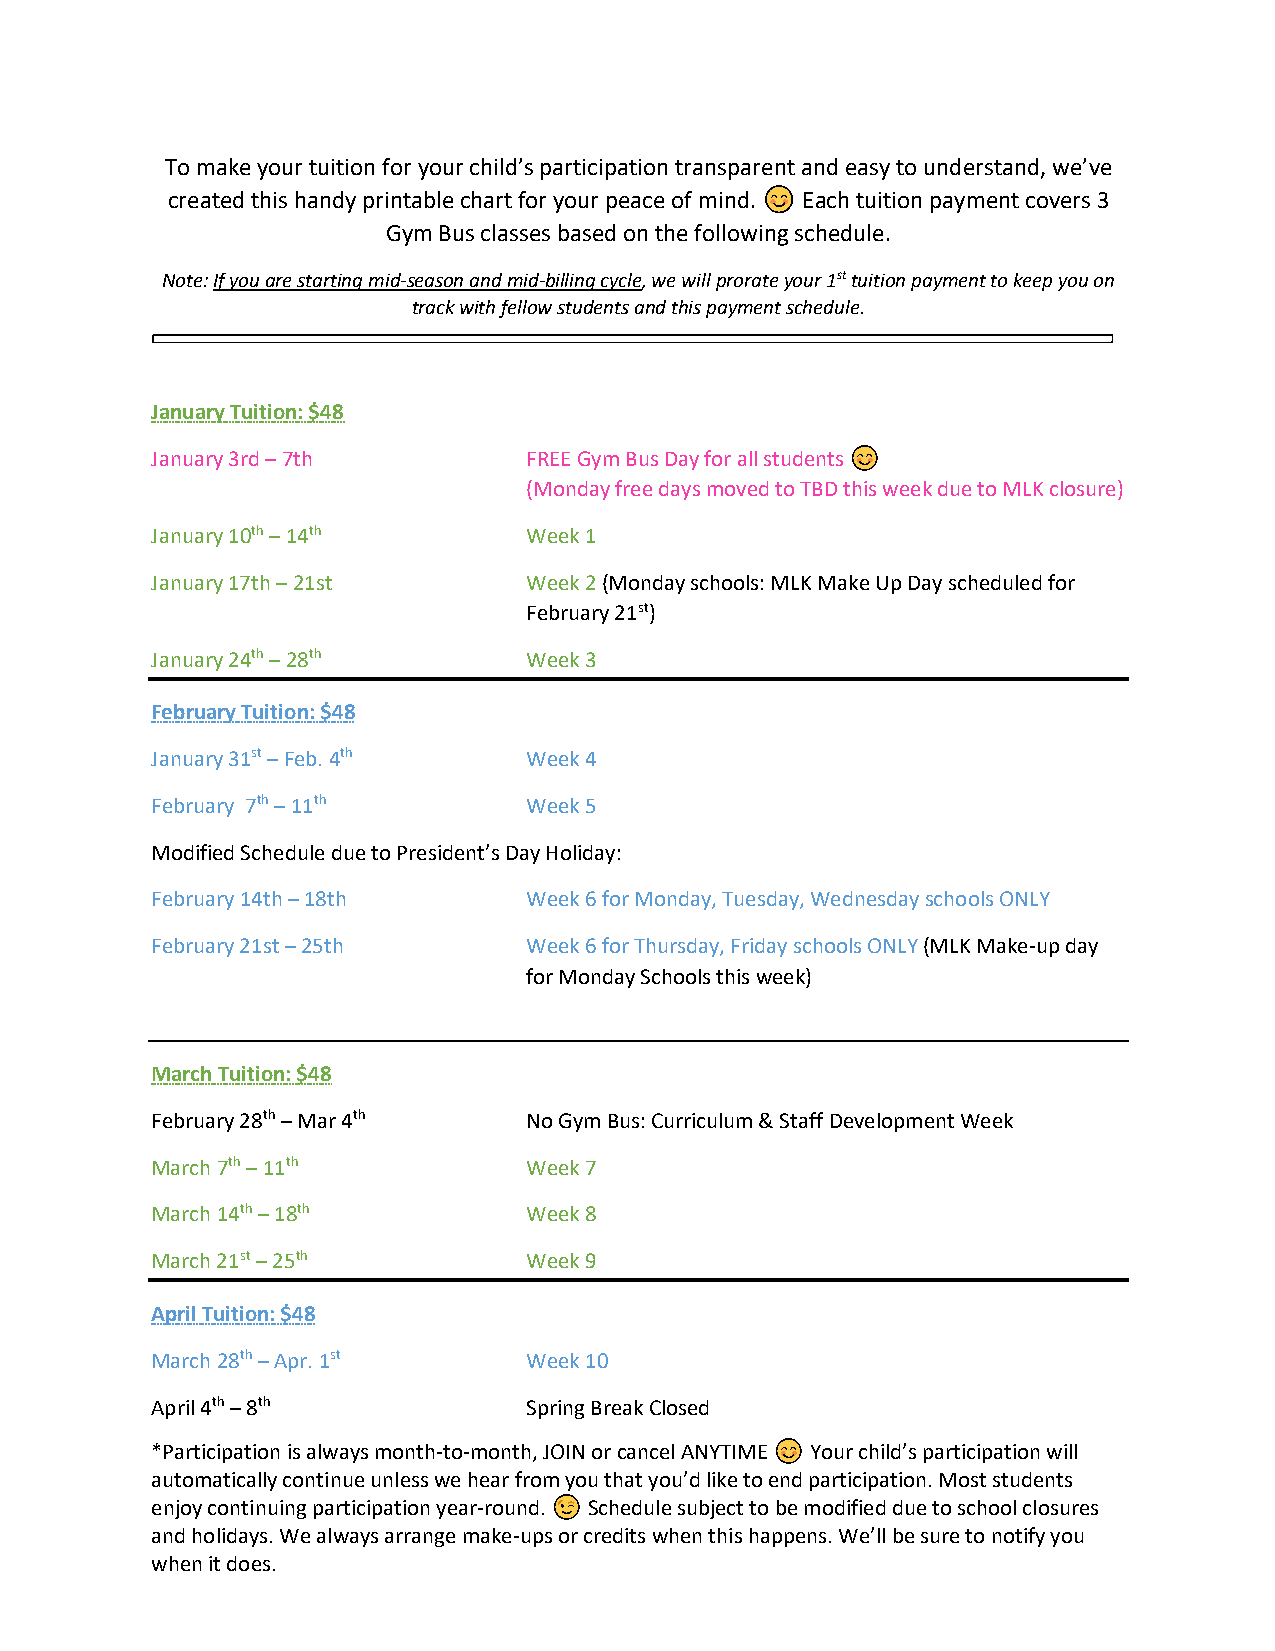
To make your tuition for your child’s participation transparent and easy to understand, we’ve
 created this handy printable chart for your peace of mind. "#$% Each tuition payment covers 3
 Gym Bus classes based on the following schedule.
 Note: If you are starting mid-season and mid-billing cycle, we will prorate your 1st tuition payment to keep you on
 track with fellow students and this payment schedule.
 January Tuition: $48
 January 3rd – 7th        FREE Gym Bus Day for all students 😊"#$%
 (Monday free days moved to TBD this week due to MLK closure)
 January 10th – 14th      Week 1
 January 17th – 21st      Week 2 (Monday schools: MLK Make Up Day scheduled for
 February 21st)
 January 24th – 28th      Week 3
 February Tuition: $48
 January 31st – Feb. 4th  Week 4
 February 7th – 11th      Week 5
 Modified Schedule due to President’s Day Holiday:
 February 14th – 18th     Week 6 for Monday, Tuesday, Wednesday schools ONLY
 February 21st – 25th     Week 6 for Thursday, Friday schools ONLY (MLK Make-up day
 for Monday Schools this week)
 March Tuition: $48
 February 28th – Mar 4th  No Gym Bus: Curriculum & Staff Development Week
 March 7th – 11th         Week 7
 March 14th – 18th        Week 8
 March 21st – 25th        Week 9
 April Tuition: $48
 March 28th – Apr. 1st    Week 10
 April 4th – 8th          Spring Break Closed
 *Participation is always month-to-month, JOIN or cancel ANYTIME "#$% Your child’s participation will
 automatically continue unless we hear from you that you’d like to end participation. Most students
 enjoy continuing participation year-round. &’() Schedule subject to be modified due to school closures
 and holidays. We always arrange make-ups or credits when this happens. We’ll be sure to notify you
 when it does.